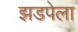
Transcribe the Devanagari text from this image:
झडपेला